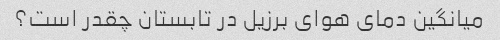
میانگین دمای هوای برزیل در تابستان چقدر است؟